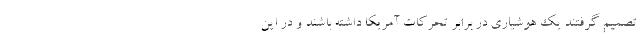
تصمیم گرفتند یک هوشیاری در برابر تحرکات آمریکا داشته باشند و در این